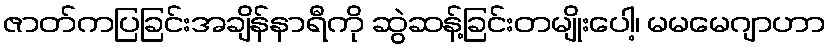
ဇာတ်ကပြခြင်းအချိန်နာရီကို ဆွဲဆန့်ခြင်းတမျိုးပေါ့၊ မမမေဂျာဟာ